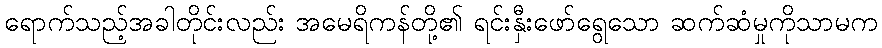
ရောက်သည့်အခါတိုင်းလည်း အမေရိကန်တို့၏ ရင်းနှီးဖော်ရွေသော ဆက်ဆံမှုကိုသာမက